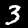
Digit: 3